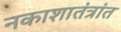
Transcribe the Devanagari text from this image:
नकाशातंत्रांत